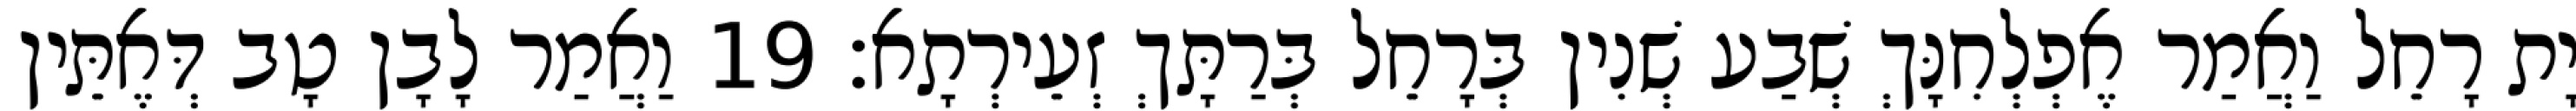
יָת רָחֵל וַאֲמַר אֶפְלְחִנָּךְ שְׁבַע שְׁנִין בְּרָחֵל בְּרַתָּךְ זְעֵירְתָא׃ 19 וַאֲמַר לָבָן טָב דְּאֶתֵּין